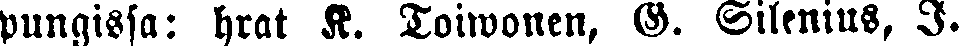
pungissa : hrat K. Toiwonen, G. Silenius, I.